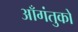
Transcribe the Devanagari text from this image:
आँगंतुको